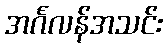
အင်္ဂလန်အသင်း